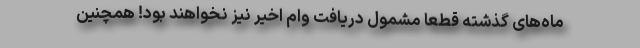
ماه‌های گذشته قطعاً مشمول دریافت وام اخیر نیز نخواهند بود! همچنین